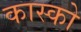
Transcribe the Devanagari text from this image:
कास्को